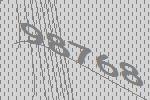
98768